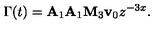
\Gamma ( t ) = { \bf A } _ { 1 } { \bf A } _ { 1 } { \bf M } _ { 3 } { \bf v } _ { 0 } z ^ { - 3 x } .